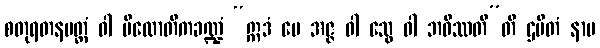
စတုရတနမတ္တံ ဝါ ပိလောတိကခဏ္ဍံ “ဣဒံ မေ အဇ္ဇ ဝါ သွေ ဝါ ဘဝိဿတီ”တိ ဌပိတံ နာမ